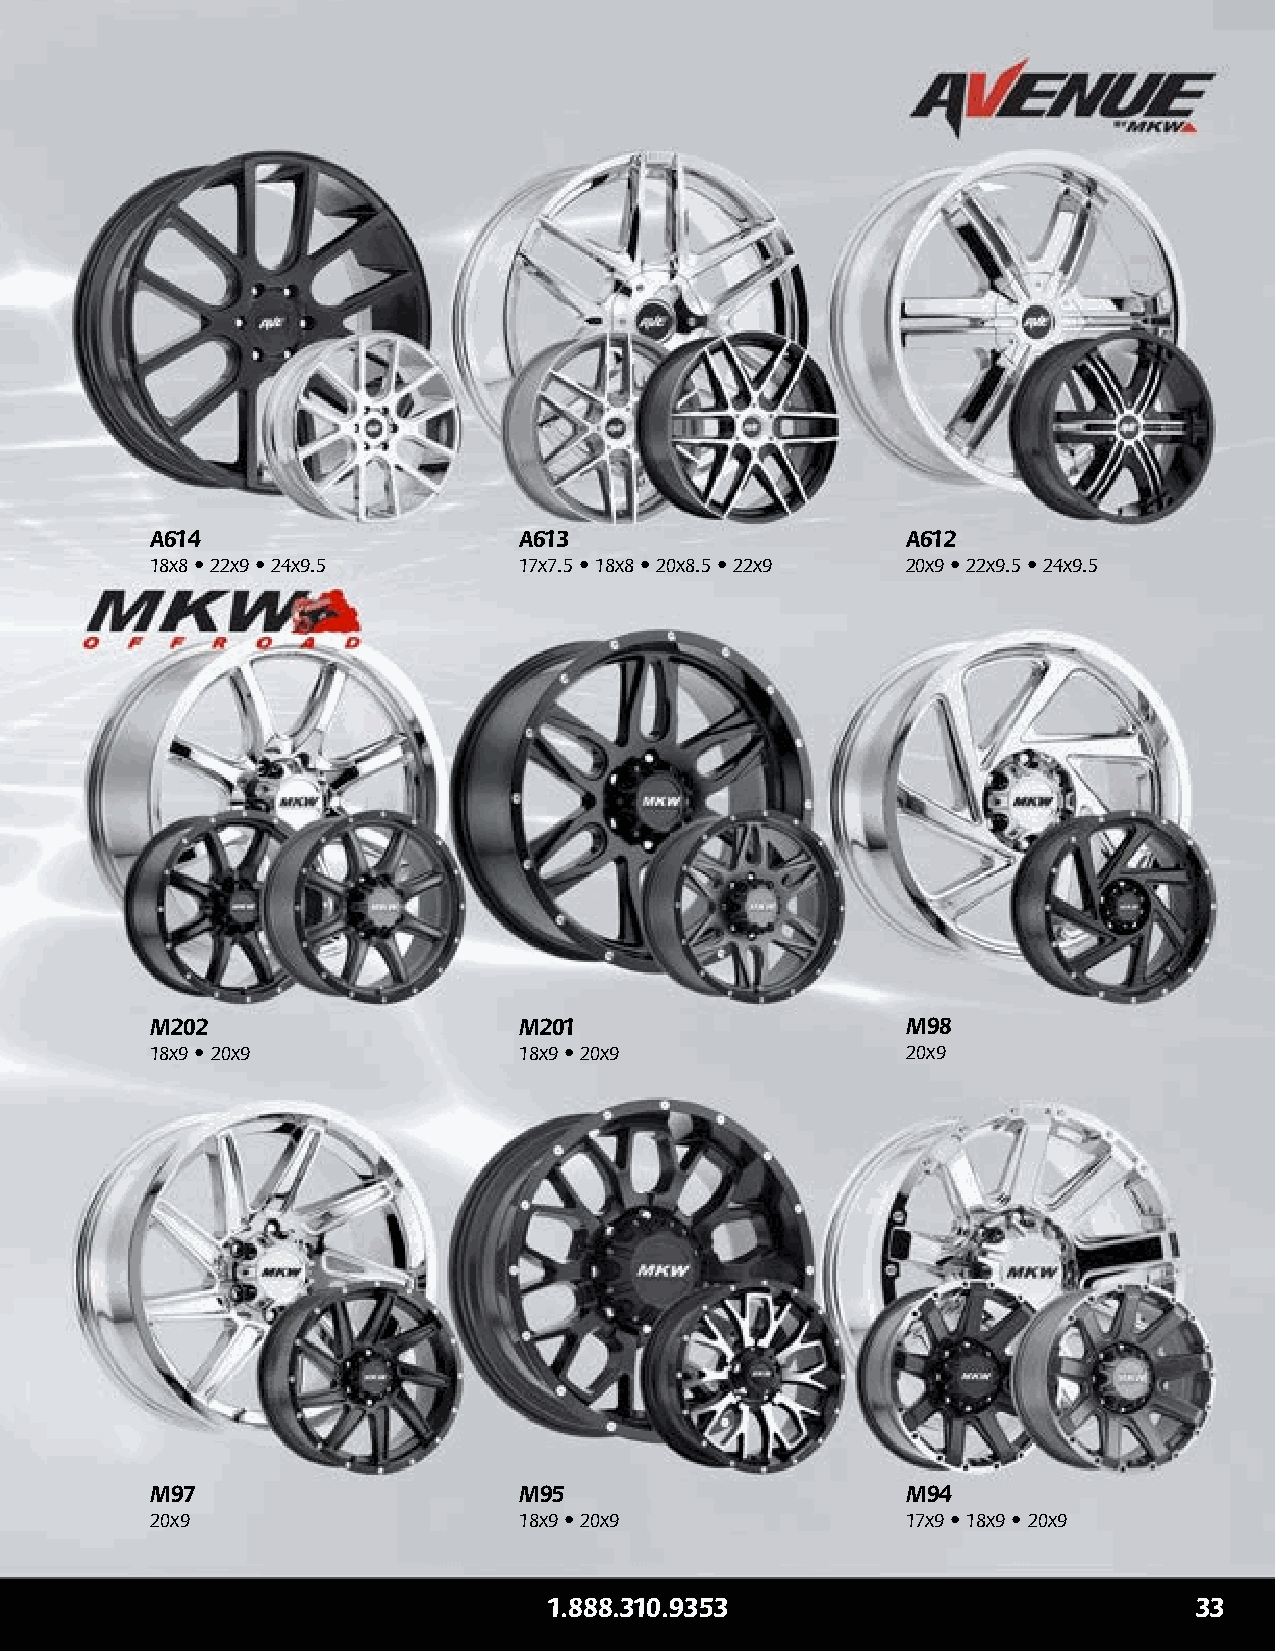
A614                    A613                      A612
 18x8 • 22x9 • 24x9.5    17x7.5 • 18x8 • 20x8.5 • 22x9 20x9 • 22x9.5 • 24x9.5
 M202                    M201                      M98
 18x9 • 20x9             18x9 • 20x9               20x9
 M97                     M95                       M94
 20x9                    18x9 • 20x9               17x9 • 18x9 • 20x9
 1.888.310.9353                              1
 1.888.310.9353                             33